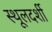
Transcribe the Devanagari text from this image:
स्थूलदर्शी